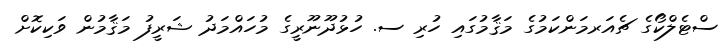
ސްޓެލްކޯގެ ޗެއަރމަންކަމުގެ މަޤާމުގައި ހުރި ސ. ހުޅުދޫނޫރީގެ މުހައްމަދު ޝަރީފު މަޤާމުން ވަކިކޮށް